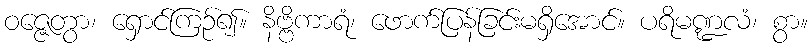
ဝဇ္ဇေတွာ၊ ရှောင်ကြဉ်၍။ နိဗ္ဗိကာရံ၊ ဖောက်ပြန်ခြင်းမရှိအောင်။ ပရိမဏ္ဍလံ၊ စွာ။